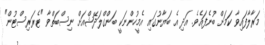
މަރާލާފައިވާ ކަމަށް ބުނެފައެވެ. އަދި އެ ބަޔާނުގައި އެމީހުންނަކީ ބަންގްލަދޭޝްއަށް ނިސްބަތްވާ "ޓެރަރިސްޓުން"